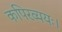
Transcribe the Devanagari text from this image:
कपिरव्ययः।